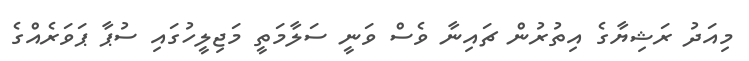
މިއަދު ރަޝިޔާގެ އިތުުރުން ޗައިނާ ވެސް ވަނީ ސަލާމަތީ މަޖިލީހުގައި ސުޕާ ޕަވަރެއްގެ